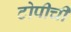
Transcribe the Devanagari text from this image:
टोपीची